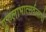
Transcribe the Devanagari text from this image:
गुरुलाभात्सर्वलाभो